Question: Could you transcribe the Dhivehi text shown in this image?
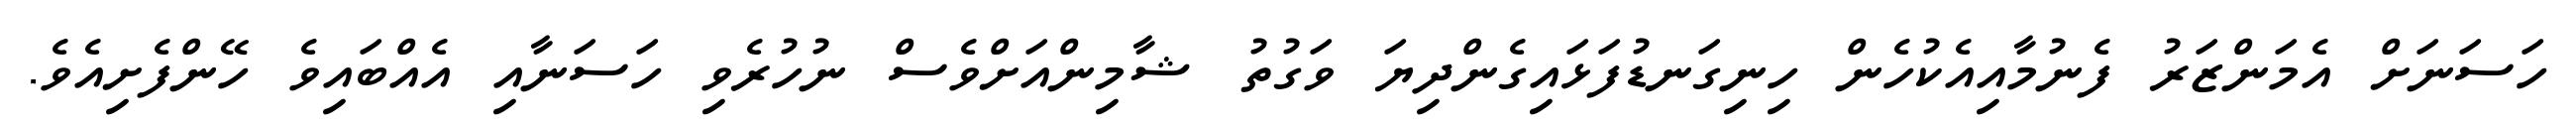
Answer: ހަސަނަށް އެމަންޒަރު ފެނުމާއިއެކުހެން ހިނިގަނޑުފަޅައިގެންދިޔަ ވަގުތު ޝާމިންއަށްވެސް ނުހުރެވި ހަސަނާއި އެއްބައިވެ ހޭންފެށިއެވެ.